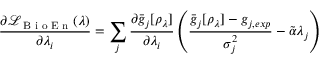
\frac { \partial \mathcal { L } _ { \textrm { B i o E n } } ( \lambda ) } { \partial \lambda _ { i } } = \sum _ { j } \frac { \partial \bar { g } _ { j } [ \rho _ { \lambda } ] } { \partial \lambda _ { i } } \left( \frac { \bar { g } _ { j } [ \rho _ { \lambda } ] - g _ { j , e x p } } { \sigma _ { j } ^ { 2 } } - \tilde { \alpha } \lambda _ { j } \right)